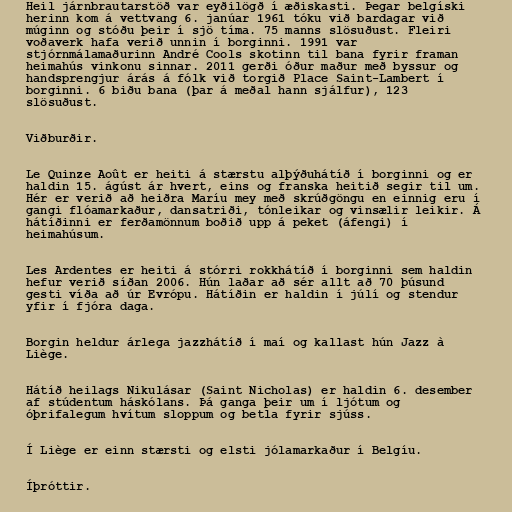
Heil járnbrautarstöð var eyðilögð í æðiskasti. Þegar belgíski
herinn kom á vettvang 6. janúar 1961 tóku við bardagar við
múginn og stóðu þeir í sjö tíma. 75 manns slösuðust. Fleiri
voðaverk hafa verið unnin í borginni. 1991 var
stjórnmálamaðurinn André Cools skotinn til bana fyrir framan
heimahús vinkonu sinnar. 2011 gerði óður maður með byssur og
handsprengjur árás á fólk við torgið Place Saint-Lambert í
borginni. 6 biðu bana (þar á meðal hann sjálfur), 123
slösuðust.

Viðburðir.

Le Quinze Août er heiti á stærstu alþýðuhátíð í borginni og er
haldin 15. ágúst ár hvert, eins og franska heitið segir til um.
Hér er verið að heiðra Maríu mey með skrúðgöngu en einnig eru í
gangi flóamarkaður, dansatriði, tónleikar og vinsælir leikir. Á
hátíðinni er ferðamönnum boðið upp á peket (áfengi) í
heimahúsum.

Les Ardentes er heiti á stórri rokkhátíð í borginni sem haldin
hefur verið síðan 2006. Hún laðar að sér allt að 70 þúsund
gesti víða að úr Evrópu. Hátíðin er haldin í júlí og stendur
yfir í fjóra daga.

Borgin heldur árlega jazzhátíð í maí og kallast hún Jazz à
Liège.

Hátíð heilags Nikulásar (Saint Nicholas) er haldin 6. desember
af stúdentum háskólans. Þá ganga þeir um í ljótum og
óþrifalegum hvítum sloppum og betla fyrir sjúss.

Í Liège er einn stærsti og elsti jólamarkaður í Belgíu.

Íþróttir.